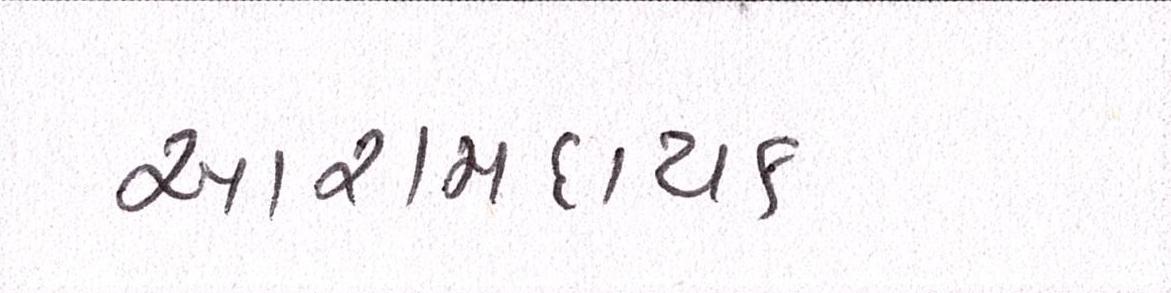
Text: આરામદાયક